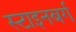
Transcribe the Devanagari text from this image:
स्टाइनबर्ग